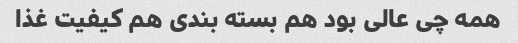
همه چی عالی بود هم بسته بندی هم کیفیت غذا